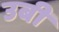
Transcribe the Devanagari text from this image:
उबी